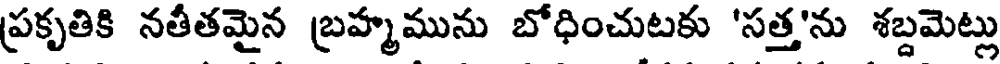
ప్రకృతికి నతీతమైన బ్రహ్మమును బోధించుటకు 'సత్త'ను శబ్దమెట్లు